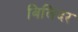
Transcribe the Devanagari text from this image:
बिलिंदर